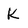
Character: K